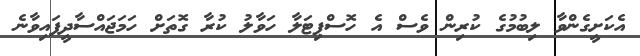
އެކަށީގެންވާ ލިބުމުގެ ކުރިން ވެސް އެ ހޮސްޕިޓަލާ ހަވާލު ކުރާ ގޮތަށް ހަމަޖައްސާދީފައިވާނެ